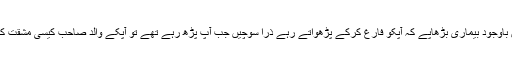
آپکے والدین باوجود بیماری بڑھاپے کہ آپکو فارغ کرکے پڑھواتے رہے ذرا سوچیں جب آپ پڑھ رہے تھے تو آپکے والد صاحب کیسی مشقت کرتے تھے ؟